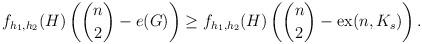
LaTeX: \begin{align*}f_{h_1, h_2 }(H) \left( \binom{n}{2} - e(G) \right) \geq f_{h_1, h_2} (H) \left( \binom{n}{2} - \textup{ex}(n, K_s ) \right).\end{align*}